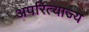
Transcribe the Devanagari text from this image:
अपरित्याज्य